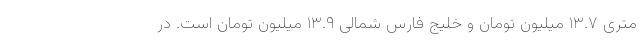
متری ۱۳.۷ میلیون تومان و خلیج فارس شمالی ۱۳.۹ میلیون تومان است. در